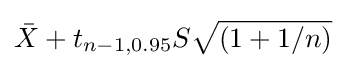
{\bar {X}}+t_{n-1,0.95}S{\sqrt {\left(1+1/n\right)}}